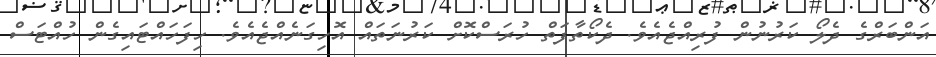
އަންބަރްގެ ދެލޯ ކަރުނުން ފުރިއްޖެއެވެ. ދެކޯތާފަތް ހުރަސްކޮށް ކަރުނަތައް އޮހިގަނެއްޖެއެވެ. ހިފަހައްޓައިގެން ހުއްޓަސް